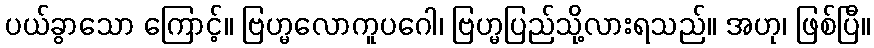
ပယ်ခွာသော ကြောင့်။ ဗြဟ္မလောကူပဂေါ၊ ဗြဟ္မပြည်သို့လားရသည်။ အဟု၊ ဖြစ်ပြီ။